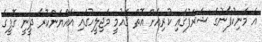
އެ މަނިކުފާނުގެ ޝަރަފުގައި ކުރިއަށް އޮތް ޤައުމީ މަޖިލީހުގައި އައްޔަންކުރާ ދީނީ ގޮފީގެ